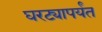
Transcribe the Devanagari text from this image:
घरट्यापर्यंत